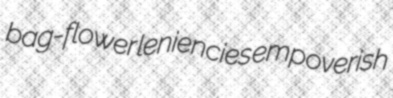
bag-flower leniencies empoverish